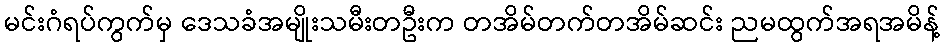
မင်းဂံရပ်ကွက်မှ ဒေသခံအမျိုးသမီးတဦးက တအိမ်တက်တအိမ်ဆင်း ညမထွက်အရအမိန့်